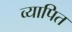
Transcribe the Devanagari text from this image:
व्यापित